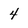
Character: 4